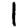
Digit: 1